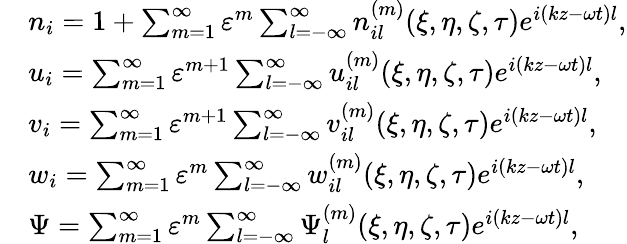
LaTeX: \begin{array}{rl}&{n_{i}=1+\sum_{m=1}^{\infty}\varepsilon^{m}\sum_{l=-\infty}^{\infty}n_{il}^{(m)}(\xi,\eta,\zeta,\tau)e^{i(kz-\omega t)l},}\\ &{u_{i}=\sum_{m=1}^{\infty}\varepsilon^{m+1}\sum_{l=-\infty}^{\infty}u_{il}^{(m)}(\xi,\eta,\zeta,\tau)e^{i(kz-\omega t)l},}\\ &{v_{i}=\sum_{m=1}^{\infty}\varepsilon^{m+1}\sum_{l=-\infty}^{\infty}v_{il}^{(m)}(\xi,\eta,\zeta,\tau)e^{i(kz-\omega t)l},}\\ &{w_{i}=\sum_{m=1}^{\infty}\varepsilon^{m}\sum_{l=-\infty}^{\infty}w_{il}^{(m)}(\xi,\eta,\zeta,\tau)e^{i(kz-\omega t)l},}\\ &{\Psi=\sum_{m=1}^{\infty}\varepsilon^{m}\sum_{l=-\infty}^{\infty}\Psi_{l}^{(m)}(\xi,\eta,\zeta,\tau)e^{i(kz-\omega t)l},}\end{array}